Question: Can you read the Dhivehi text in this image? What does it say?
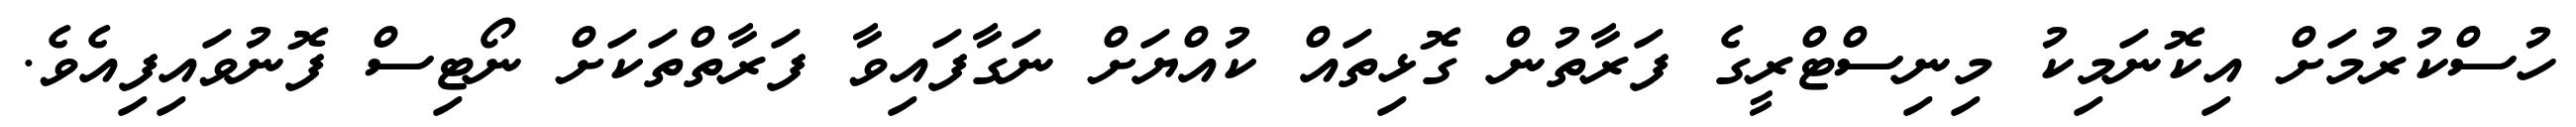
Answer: ހުސްކުރުމަށް އިކޮނަމިކު މިނިސްޓްރީގެ ފަރާތުން ގޮޅިތައް ކުއްޔަށް ނަގާފައިވާ ފަރާތްތަކަށް ނޯޓިސް ފޮނުވައިފިއެވެ.